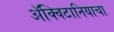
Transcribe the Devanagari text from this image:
ॲक्विटानियाचा